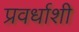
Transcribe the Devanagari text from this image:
प्रवर्धाशी